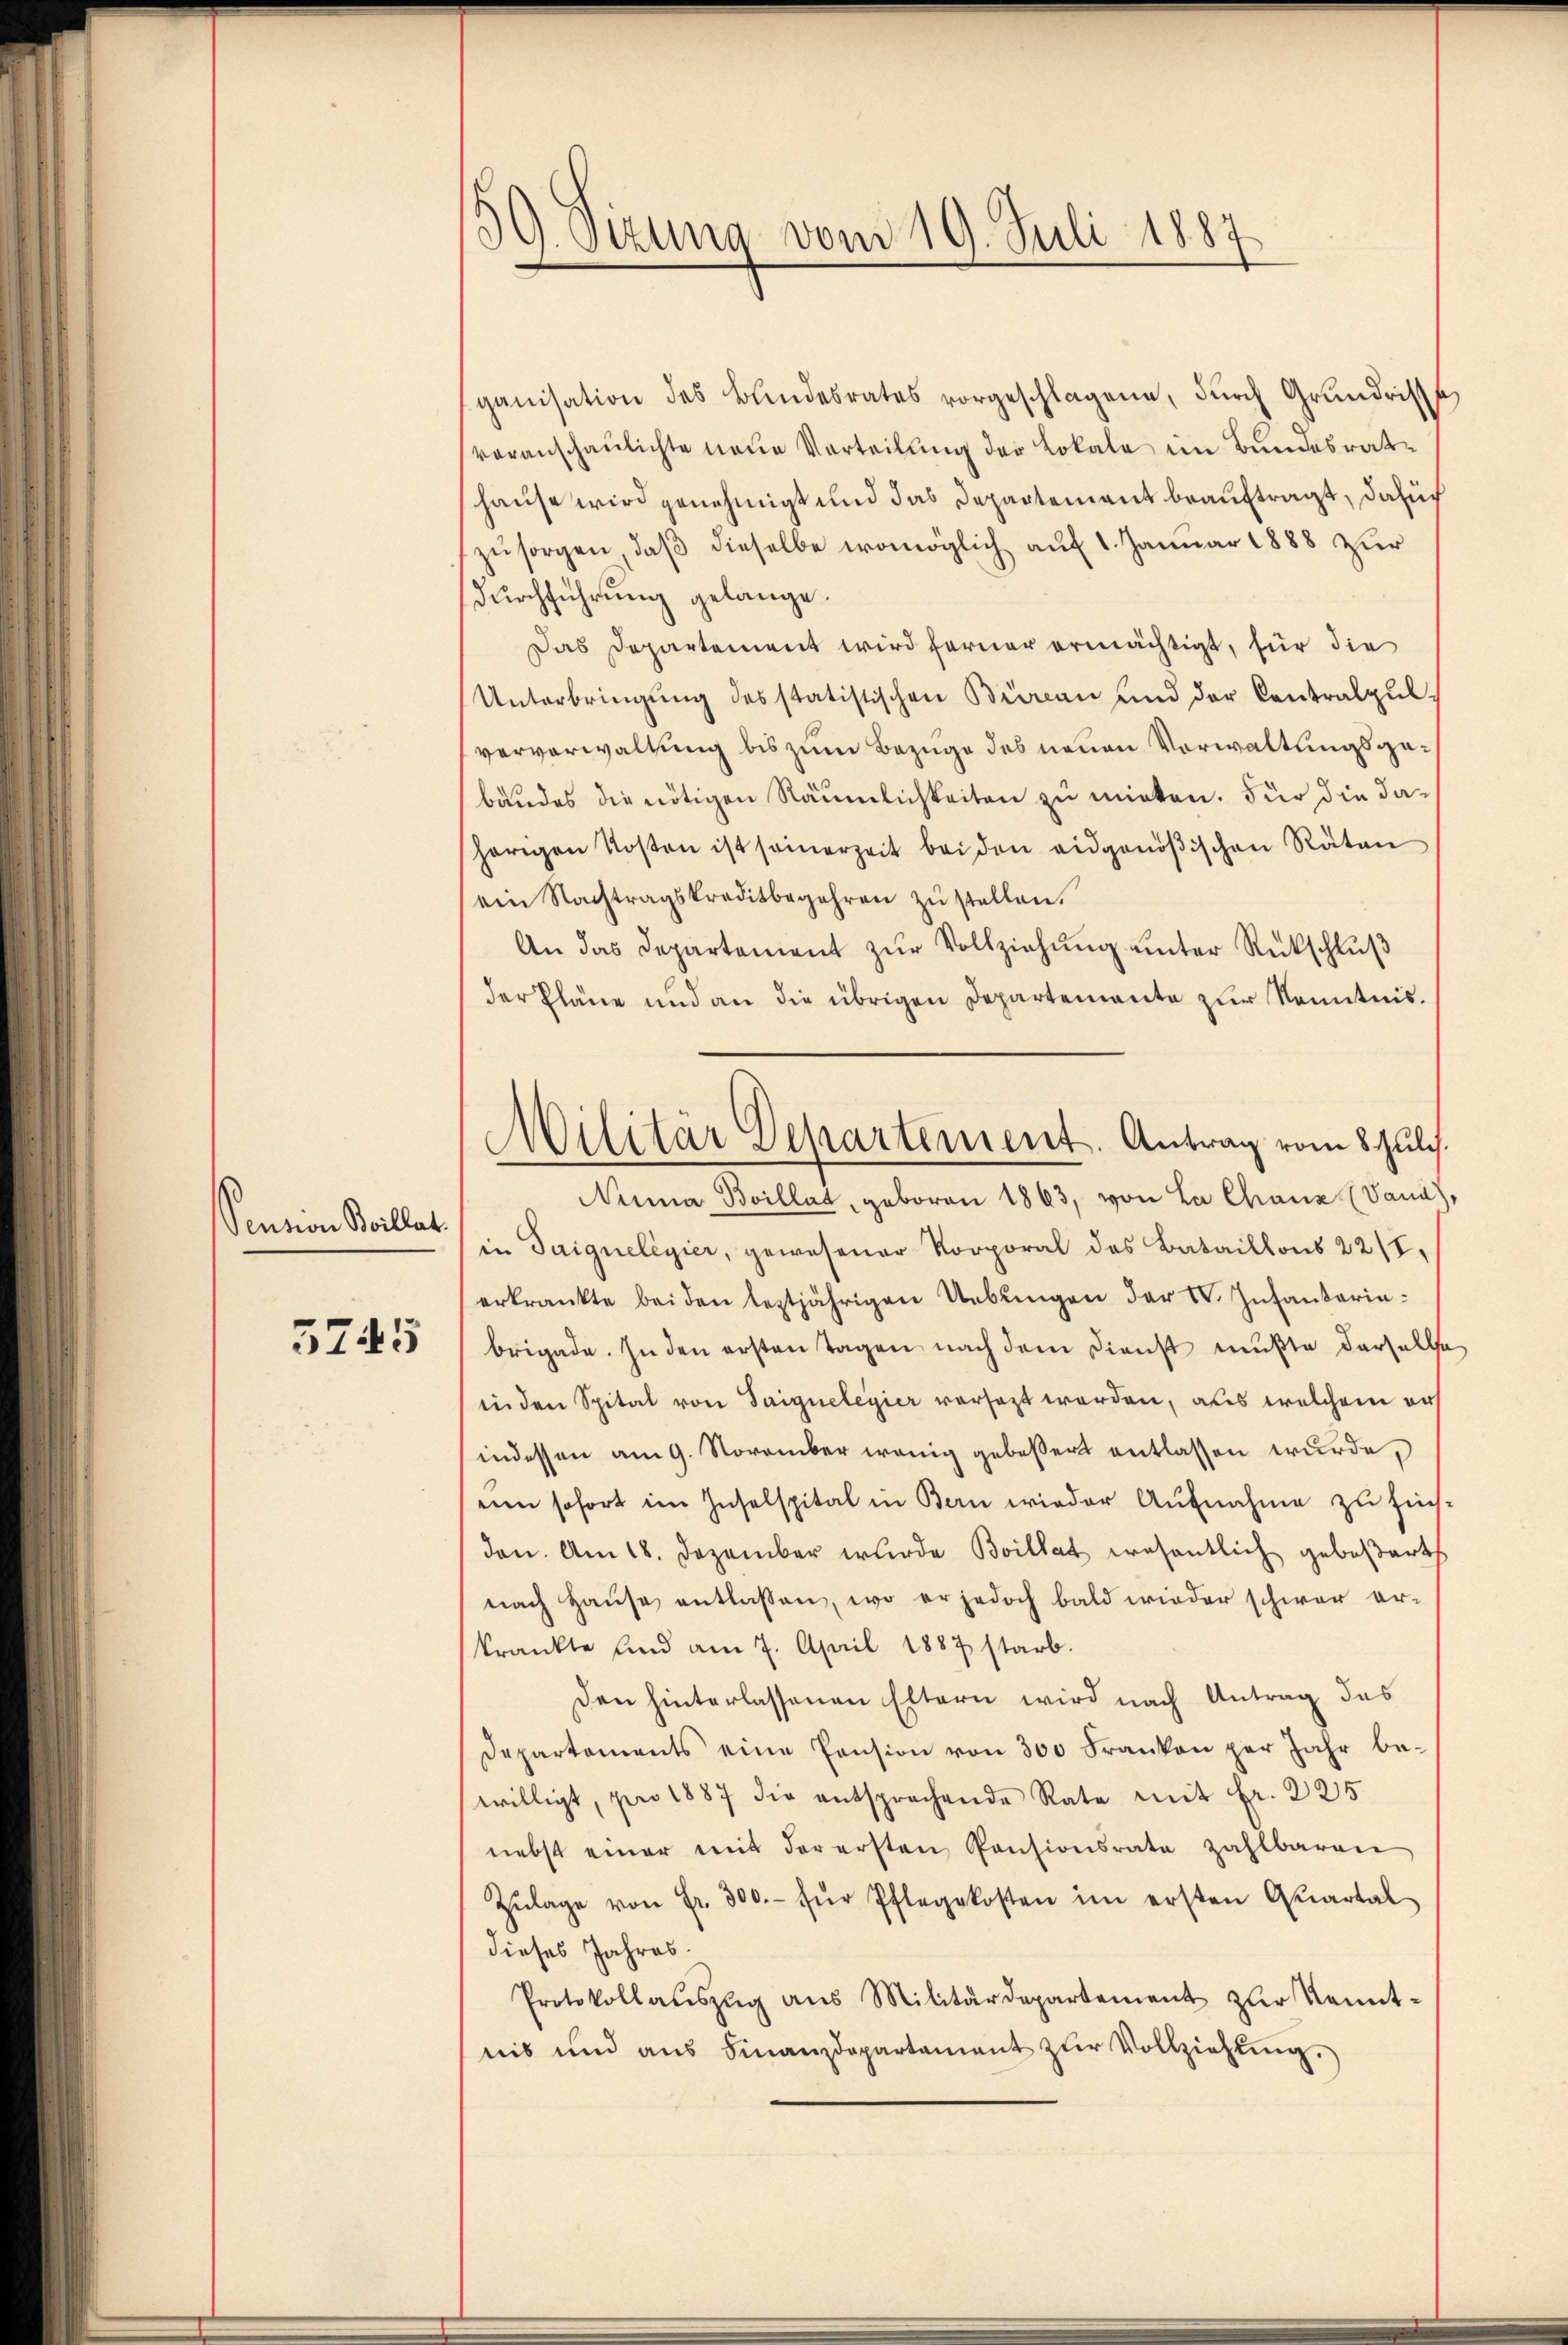
Sention Boillat

5745

.
g. Otzung vom 19. Juli 1887

ganisation des Bundesrates vorgeschlagene, durch Grundrisse
voranschaulichte neue Vorteilung der Lokale im Bundesrathause wird genehmigt und das Departement beauftragt, dafür
zŭsorgen, daß dieselbe womöglich auf 1. Januar 1888 zur
durchführung gelange.
Das Departement wird ferner ermächtigt, für die
Unterbringŭng des statistischen Büreau und der Contralpŭl-
ververwaltung bis zum Bezuge des neuen Vorwaltungsgebäudes die nötigen Räumlichkeiten zu mirten. Für die dahörigen Kosten ist seinerzeit beiden eidgenößischen Räten
ein Nachtragskreditbegehren zŭ stellen.
An das Departement zŭr Vollziehŭng ŭnter Rückschlŭβ
der Pläne und an die übrigen Departemente zur Kenntnis.
Numa Boillat, geboren 1863, von La Chaus (Vand)
in Saiqueligier, gewesener Korporal des Bataillons 228,
erkränkte beiden leztjährigen Uebŭngen der VV. Infanterinbrigade. In den ersten Tagen nach dem Dienst mußte dersells
in den Spital von Saigneleyier versezt werden, aus welchem ers
indessen am 9. November wenig gebessert entlassen wurde,
eine sofort im Inselspital in Bern wieder Aufnahme zu sich.
den. Am 18. Dezember wurde Brillat wesentlich geboßart
nach Haŭse entlassen, wo er jedoch bald wieder schwer er-
kränkte und am 7. April 1887 starb.
Den hinterlassenen Eltern wird nach Antrag das
Departements eine Pension von 300 Franken per Jahr be-
willigt, pro 1887 die entsprochende Rate mit Fr. 225
nebst einer mit der ersten Pensionsrate zahlbaren
Zŭlage von Fr. 300.- für Pflegekosten im ersten Quartal
dieses Jahres.
Protokollaŭszŭg aŭs Militärdepartement zŭr Kennt-
nis und aŭs Finanzdepartament zŭr Vollziehung.

.
Militär Departement. Antrag vom 8. Juli.